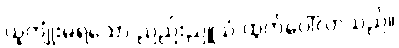
ယူကျုံးမရသော ညည်းညူသံ ထွက်ပေါ်လာသည်။